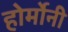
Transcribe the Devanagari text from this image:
होर्मोनी